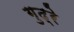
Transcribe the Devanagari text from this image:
गुद्रे